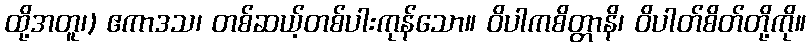
ထို့အတူ၊) ဧကာဒသ၊ တစ်ဆယ့်တစ်ပါးကုန်သော။ ဝိပါကစိတ္တာနိ၊ ဝိပါတ်စိတ်တို့ကို။